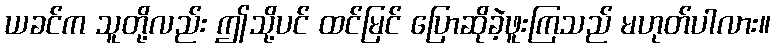
ယခင်က သူတို့လည်း ဤသို့ပင် ထင်မြင် ပြောဆိုခဲ့ဖူးကြသည် မဟုတ်ပါလား။